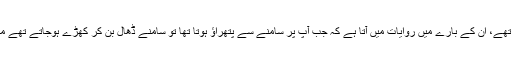
حضرت زید بن حارثہؓ جو آپؐ کے ہمراہ تھے، ان کے بارے میں روایات میں آتا ہے کہ جب آپؐ پر سامنے سے پتھراؤ ہوتا تھا تو سامنے ڈھال بن کر کھڑے ہوجاتے تھے مگر پتھراؤ پیچھے سے شروع ہوجاتا تھا۔